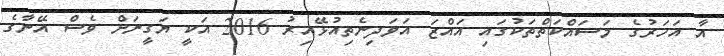
އާ އަހަރުގެ މަސައްކަތްތަކުގައި އައްޒަ އަވަދިނެތިއުޅޭއިރު 2016 އަކީ ޔަގީނަށް ވެސް އޭނާގެ